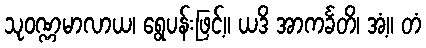
သုဝဏ္ဏမာလာယ၊ ရွေပန်းဖြင့်။ ယဒိ အာကင်္ခတိ၊ အံ့။ တံ